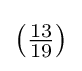
\left({\tfrac {13}{19}}\right)